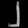
Digit: ၂